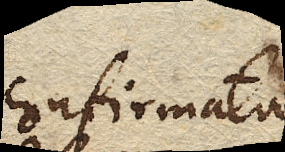
confirmata